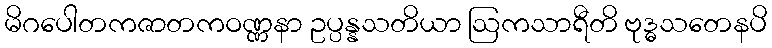
မိဂပေါတကဇာတကဝဏ္ဏနာ ဥပ္ပန္နသတိယာ ဩကသာရီတိ ဗုဒ္ဓသတေနပိ